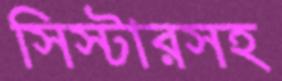
সিস্টারসহ